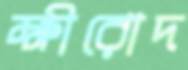
ক্ষীরোদ